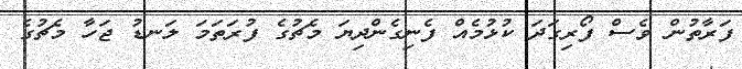
ފަރާތުން ވެސް ފޯރިގަދަ ކުޅުމެއް ފެނިގެންދިޔަ މެޗުގެ ފުރަތަމަ ލަނޑު ޖަހާ މެޗުގެ